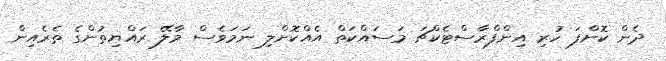
ދެން ކޮށްފަ ހުރި އިންފްރާސްޓެކްޗަ މަސައްކަތް އެއްކޮށްލި ނަމަވެސް މާލޭ ރައްޔިތުންގެ ތެރެއިން